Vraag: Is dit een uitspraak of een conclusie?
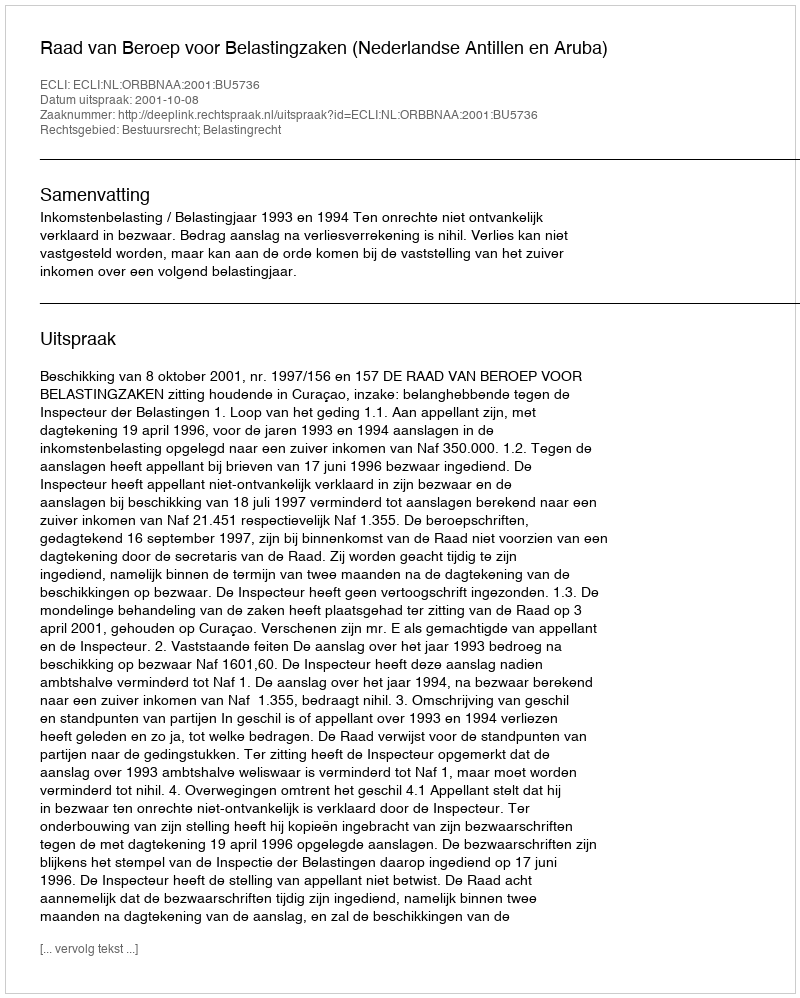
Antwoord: Uitspraak